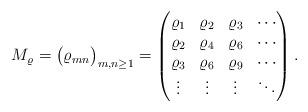
LaTeX: \begin{align*} M_\varrho = \big( \varrho_{mn} \big)_{m,n\geq1} = \begin{pmatrix}\varrho_1 & \varrho_2 & \varrho_3 & \cdots \\\varrho_2 & \varrho_4 & \varrho_6 & \cdots \\\varrho_3 & \varrho_6 & \varrho_9 & \cdots \\\vdots & \vdots & \vdots & \ddots\end{pmatrix}.\end{align*}